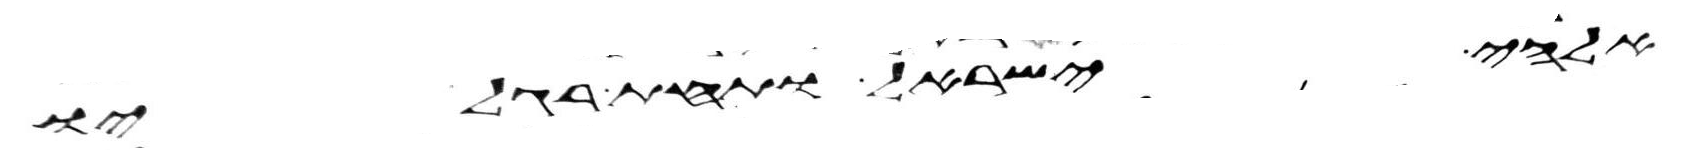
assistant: אלהי ישראל ותחת רגליו